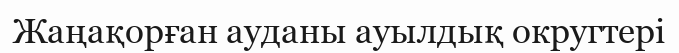
Жаңақорған ауданы ауылдық округтері